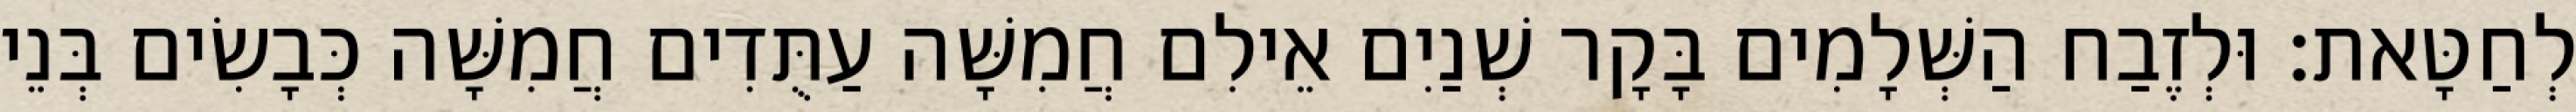
לְחַטָּאת׃ וּלְזֶבַח הַשְּׁלָמִים בָּקָר שְׁנַיִם אֵילִם חֲמִשָּׁה עַתֻּדִים חֲמִשָּׁה כְּבָשִׂים בְּנֵי